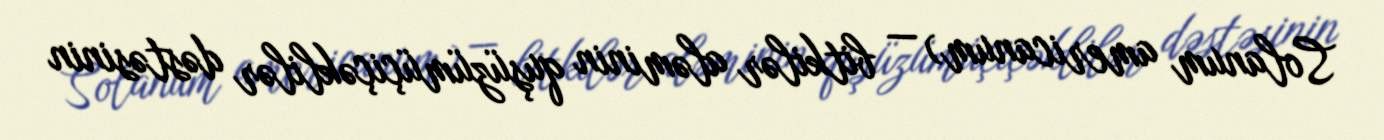
Solanum americanum) — bitkilər aləminin quşüzümüçiçəklilər dəstəsinin